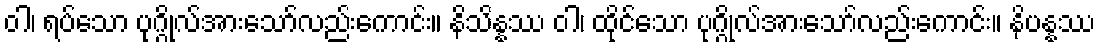
ဝါ၊ ရပ်သော ပုဂ္ဂိုလ်အားသော်လည်းကောင်း။ နိသိန္နဿ ဝါ၊ ထိုင်သော ပုဂ္ဂိုလ်အားသော်လည်းကောင်း။ နိပန္နဿ